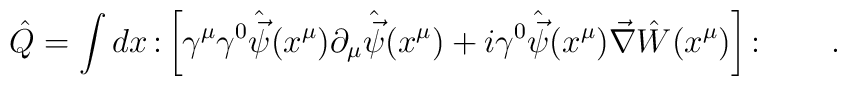
\hat{Q}=\int dx  \,\colon\left[\gamma^\mu\gamma^0\hat{\vec{\psi}}(x^\mu)\partial_\mu\hat{\vec{\psi}}(x^\mu)+i\gamma^0\hat{\vec{\psi}}(x^\mu)\vec{\nabla}\hat{W}(x^\mu)\right]\colon \qquad .